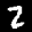
Label: 2